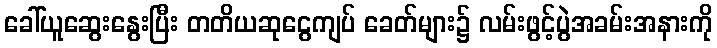
ခေါ်ယူဆွေးနွေးပြီး တတိယဆုငွေကျပ် ခေတ်များ၌ လမ်းဖွင့်ပွဲအခမ်းအနားကို